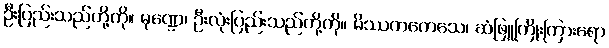
ဦးပြည်းသည်တို့ကို။ မုဏ္ဍေ၊ ဦးလုံးပြည်းသည်တို့ကို။ မိဿကကေသေ၊ ဆံဖြူကြိုးကြားရော